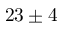
2 3 \pm 4